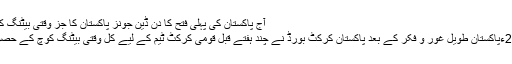
آج پاکستان کی پہلی فتح کا دن ڈین جونز پاکستان کا جز وقتی بیٹنگ کوچ بننے کے لیے تیار
فہد کیہر4 نومبر 2012ءپاکستان طویل غور و فکر کے بعد پاکستان کرکٹ بورڈ نے چند ہفتے قبل قومی کرکٹ ٹیم کے لیے کل وقتی بیٹنگ کوچ کے حصول کے لیے اشتہار دیا۔